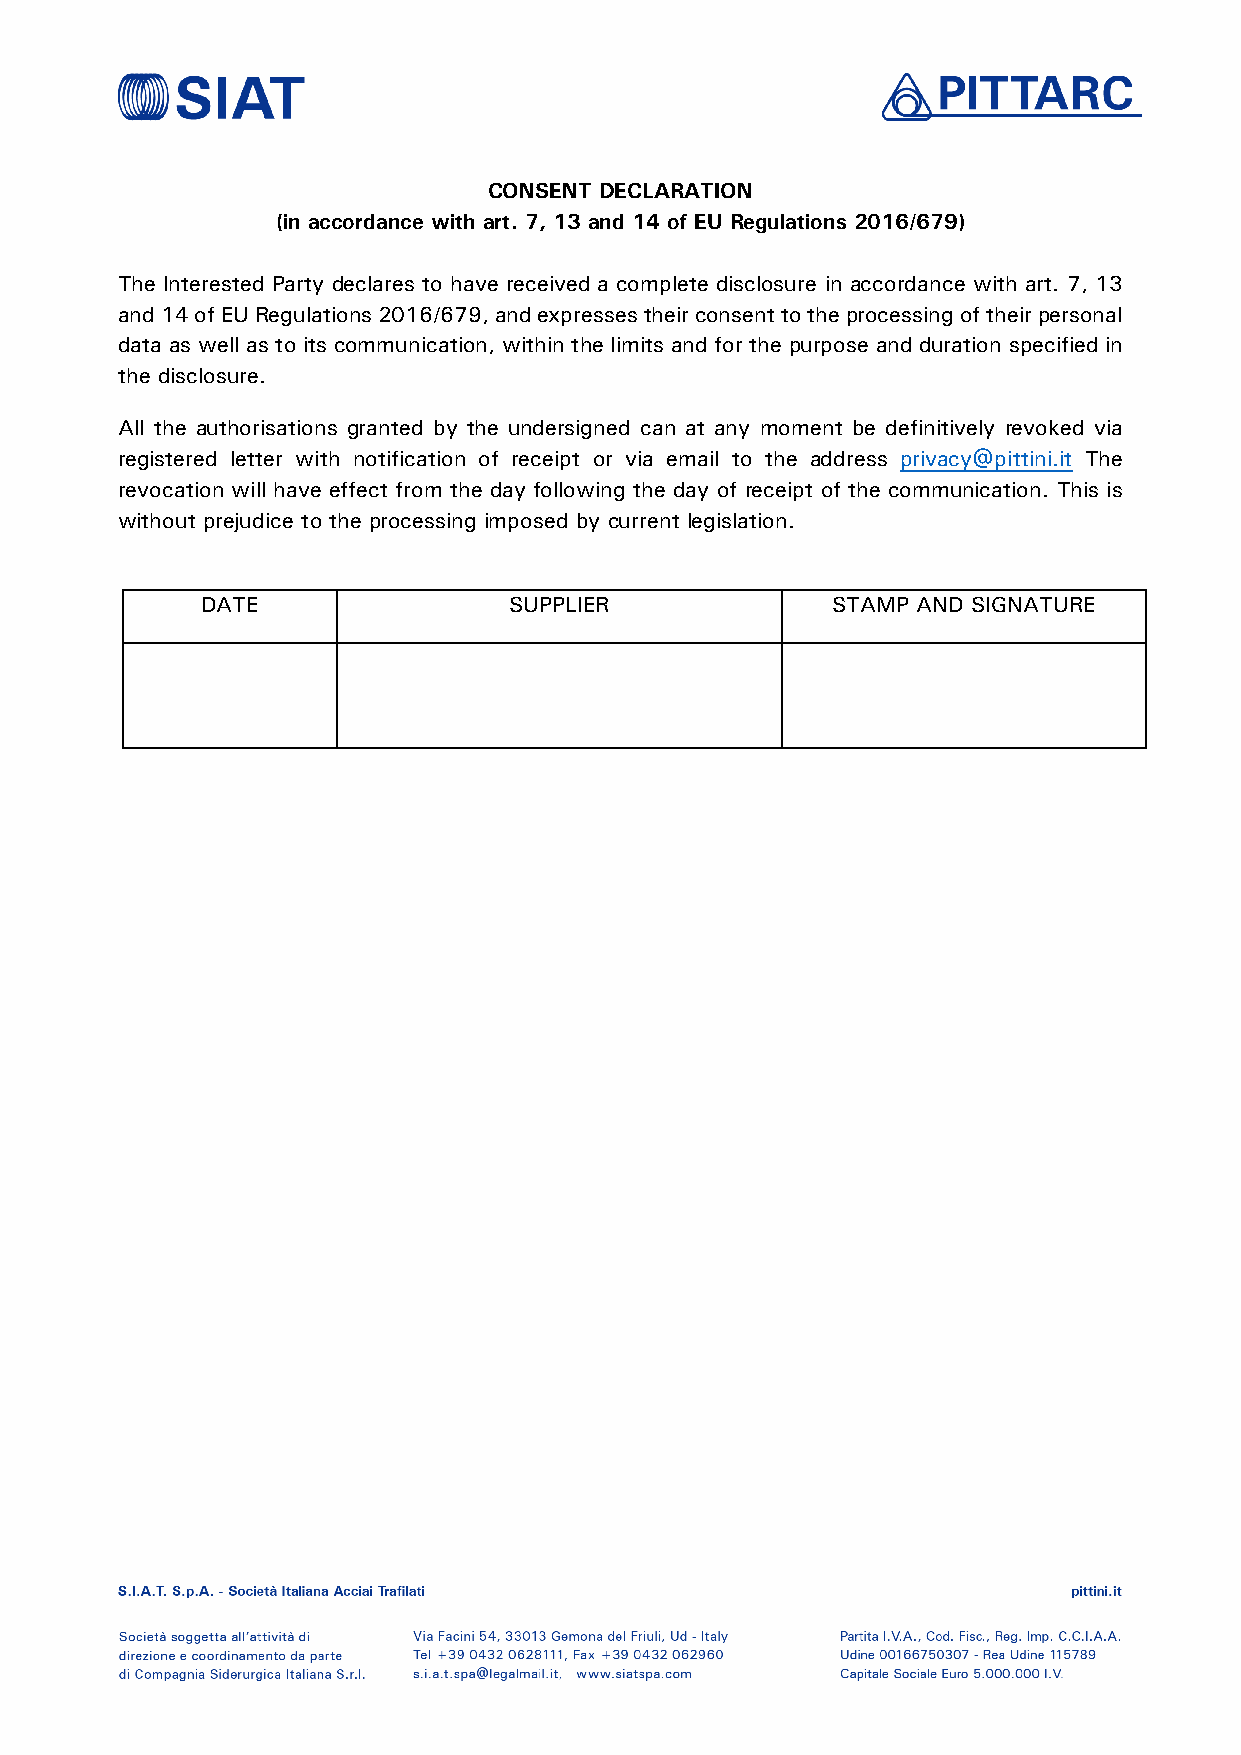
CONSENT DECLARATION
 (in accordance with art. 7, 13 and 14 of EU Regulations 2016/679)
 The Interested Party declares to have received a complete disclosure in accordance with art. 7, 13
 and 14 of EU Regulations 2016/679, and expresses their consent to the processing of their personal
 data as well as to its communication, within the limits and for the purpose and duration specified in
 the disclosure.
 All the authorisations granted by the undersigned can at any moment be definitively revoked via
 registered letter with notification of receipt or via email to the address privacy@pittini.it The
 revocation will have effect from the day following the day of receipt of the communication. This is
 without prejudice to the processing imposed by current legislation.
 DATE                 SUPPLIER             STAMP AND SIGNATURE